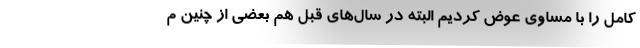
کامل را با مساوی عوض کردیم البته در سال‌های قبل هم بعضی از چنین م